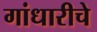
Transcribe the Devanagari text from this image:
गांधारीचे